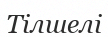
Тілшелі